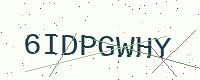
Text: 6IDPGWHY